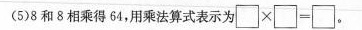
(5)8和8相乘得64，用乘法算式表示为\Box \times\Box=\Box。